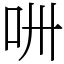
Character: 𠯢